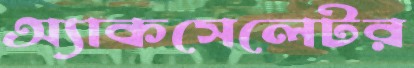
অ্যাকসেলেটর